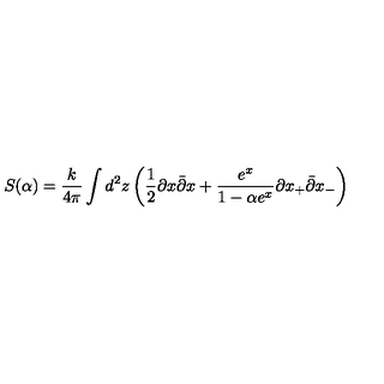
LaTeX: S ( \alpha ) = \frac { k } { 4 \pi } \int d ^ { 2 } z \left( \frac { 1 } { 2 } \partial x \bar { \partial } x + \frac { e ^ { x } } { 1 - \alpha e ^ { x } } \partial x _ { + } \bar { \partial } x _ { - } \right)